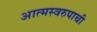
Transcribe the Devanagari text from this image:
आत्मस्वरुपाची